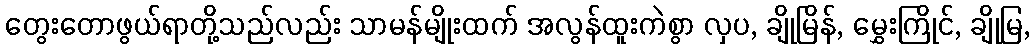
တွေးတောဖွယ်ရာတို့သည်လည်း သာမန်မျိုးထက် အလွန်ထူးကဲစွာ လှပ, ချိုမြိန်, မွှေးကြိုင်, ချိုမြ,